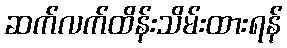
ဆက်လက်ထိန်းသိမ်းထားရန်